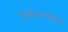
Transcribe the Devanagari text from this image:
गुन्हेअन्वेषण